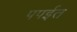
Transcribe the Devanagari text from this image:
पपईत